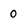
Character: 0